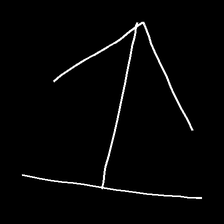
Glyph: levitation